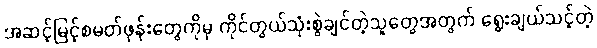
အဆင့်မြင့်စမတ်ဖုန်းတွေကိုမှ ကိုင်တွယ်သုံးစွဲချင်တဲ့သူတွေအတွက် ရွေးချယ်သင့်တဲ့